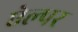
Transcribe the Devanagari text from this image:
ऐल्पर